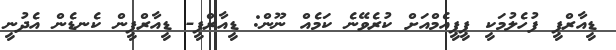
ޑީއާރްޕީ ފުހެލުމަކީ ޕީޕީއެމްއަށް ކުރެވޭނެ ކަމެއް ނޫން: ޑީއާރްޕީ- ޑީއާރްޕީން ކެނޑެން އެދުނީ